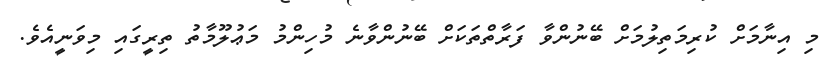
މި އިނާމަށް ކުރިމަތިލުމަށް ބޭނުންވާ ފަރާތްތަކަށް ބޭނުންވާނެ މުހިންމު މަޢުލޫމާތު ތިރީގައި މިވަނީއެވެ.